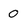
Character: 0